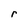
Character: r